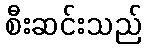
စီးဆင်းသည်